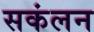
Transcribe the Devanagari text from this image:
सकंलन